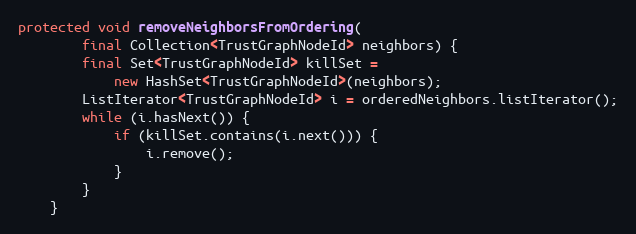
Language: Java
protected void removeNeighborsFromOrdering(
        final Collection<TrustGraphNodeId> neighbors) {
        final Set<TrustGraphNodeId> killSet =
            new HashSet<TrustGraphNodeId>(neighbors);
        ListIterator<TrustGraphNodeId> i = orderedNeighbors.listIterator();
        while (i.hasNext()) {
            if (killSet.contains(i.next())) {
                i.remove();
            }
        }
    }